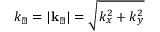
k _ { \perp } = \left| { \bf k } _ { \perp } \right| = \sqrt { k _ { x } ^ { 2 } + k _ { y } ^ { 2 } }